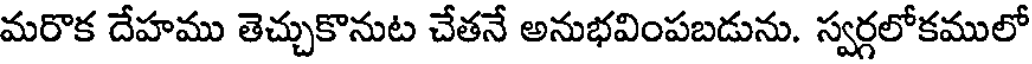
మరొక దేహము తెచ్చుకొనుట చేతనే అనుభవింపబడును. స్వర్గలోకములో